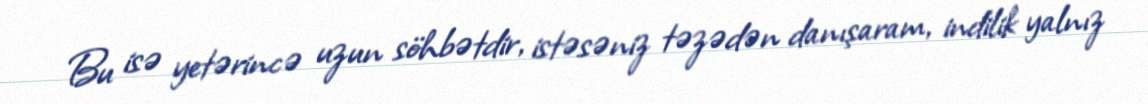
Bu isə yetərincə uzun söhbətdir, istəsəniz təzədən danışaram, indilik yalnız